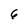
Character: 6